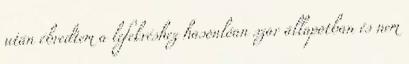
után ébredtem a lefekvéshez hasonlóan szar állapotban és nem